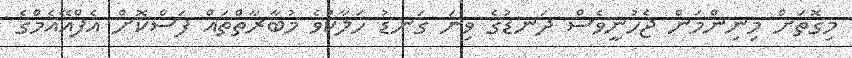
މިގޮތަށް މިނިންމަން ޖެހުނީވެސް ދަނޑުގެ ވިނަ ގަނޑު ހަލާކުވެ މުބާރާތްތައް ފަސްކޮށް އެފްއޭއެމްގެ